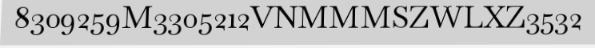
8309259M3305212VNMMMSZWLXZ3532